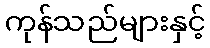
ကုန်သည်များနှင့်